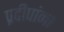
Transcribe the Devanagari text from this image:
प्रदीपांना